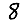
Digit: 8